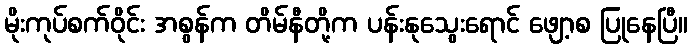
မိုးကုပ်စက်ဝိုင်း အစွန်က တိမ်နီတို့က ပန်းနုသွေးရောင် ဖျော့စ ပြုနေပြီ။